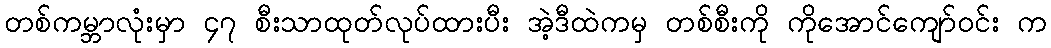
တစ်ကမ္ဘာလုံးမှာ ၄၇ စီးသာထုတ်လုပ်ထားပီး အဲ့ဒီထဲကမှ တစ်စီးကို ကိုအောင်ကျော်ဝင်း က